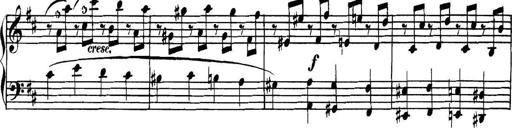
Title: Collected Piano Sonatas
Composer: Muzio Clementi